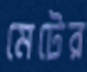
মেটের